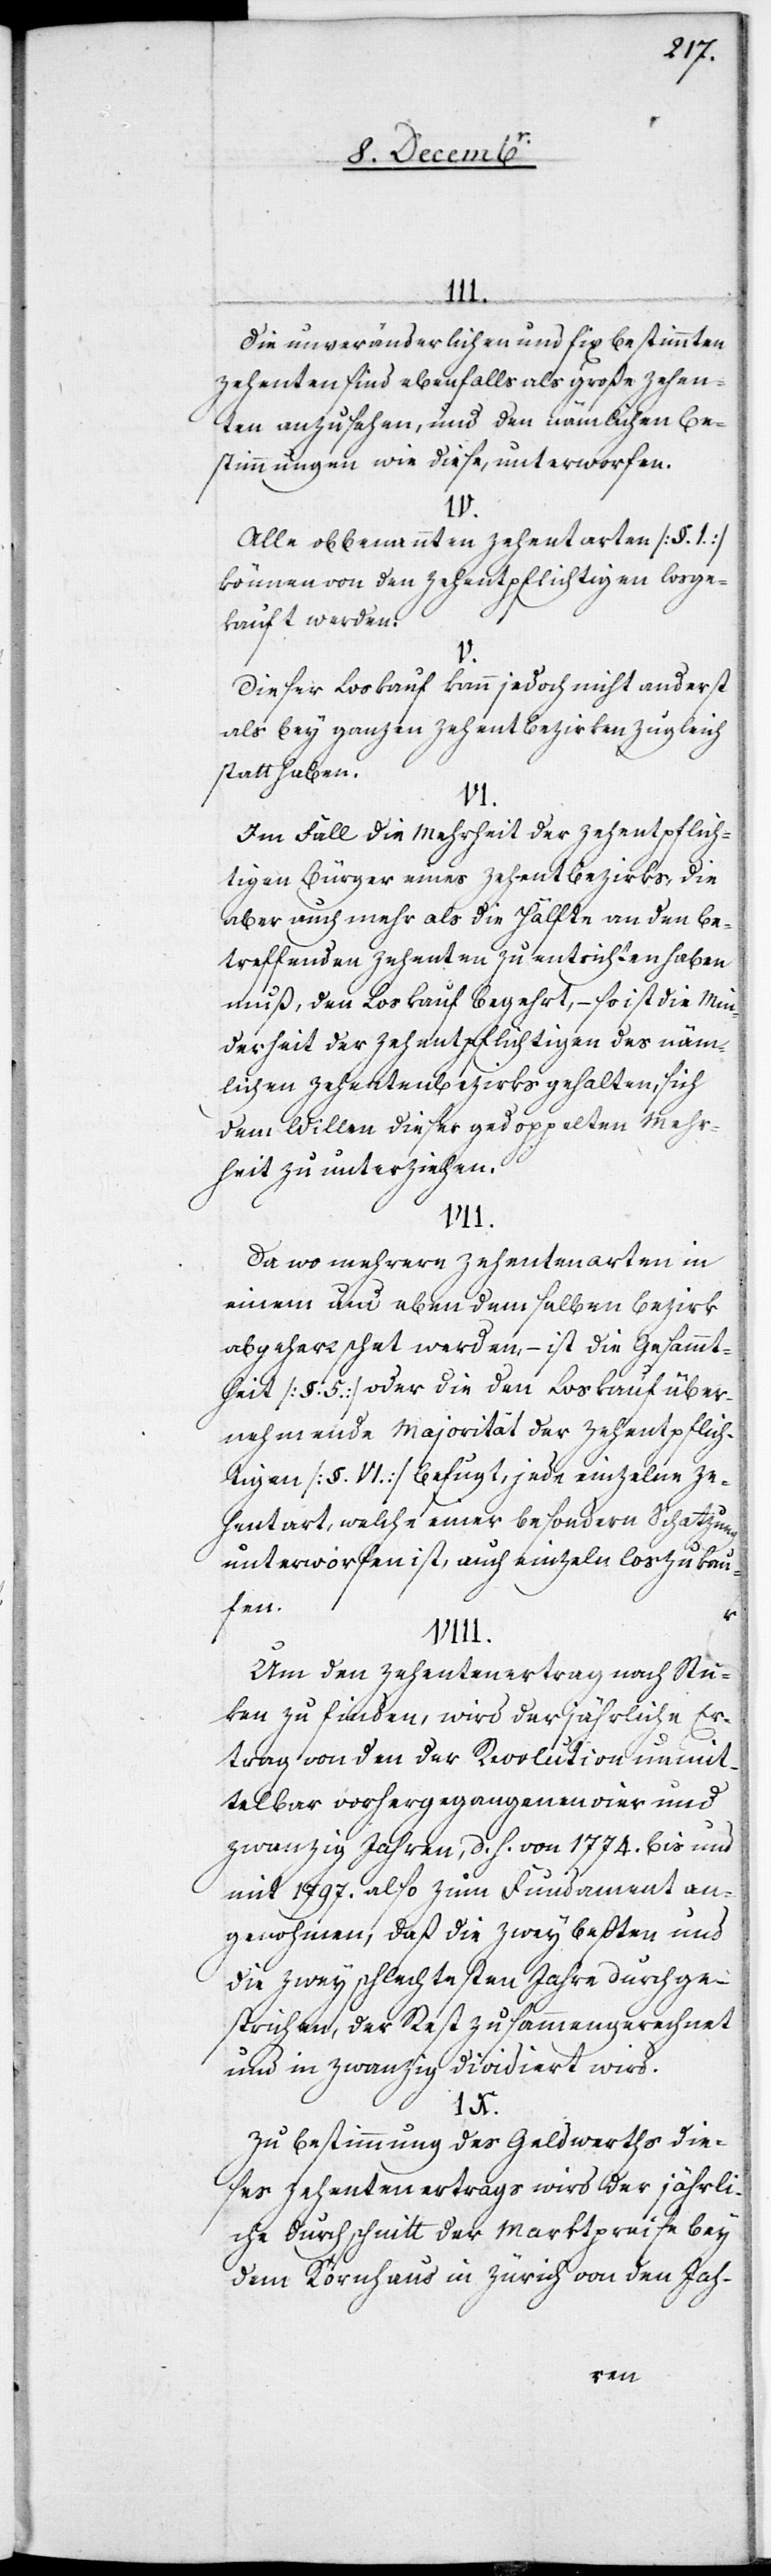
III.
Die unveränderlichen und fix bestimmten
Zehenten sind ebenfalls als große Zehen¬
ten anzusehen, und den nämlichen Be¬
stimmungen wie diese, unterworfen.
IV.
Alle obbenannten Zehentarten [§. 1.]
können von den Zehentpflichtigen losge¬
kauft werden.
V.
Dieser Loskauf kann jedoch nicht anderst
als bey ganzen Zehentbezirken zugleich
statthaben.
VI.
Im Fall die Mehrheit der zehentpflich¬
tigen Bürger eines Zehentbezirks, die
aber auch mehr als die Hälfte an den be¬
treffenden Zehenten zu entrichten haben
muß, den Loskauf begehrt, – so ist die Min¬
derheit der Zehentpflichtigen des näm¬
lichen Zehentbezirks gehalten, sich
dem Willen dieser gedoppelten Mehr¬
heit zu unterziehen.
Da wo mehrere Zehentenarten in
einem und eben demselben Bezirk
abgeherrschet werden, – ist die Gesammt¬
heit [§. 5.] oder die den Loskauf über¬
nehmende Majorität der Zehentenpflich¬
tigen [§. VI.] befugt, jede einzelne Ze¬
hentart, welche einer besondern Schatzung
unterworfen ist, auch einzeln loszukau¬
fen.
Um den Zehentenertrag nach Stu¬
ken zu finden, wird der jährliche Er¬
trag von den der Revolution unmit¬
telbar vorhergegangenen vier und
zwanzig Jahren, d. h. von 1774. bis und
mit 1797. also zum Fundament an¬
genohmen, daß die zwey beßten und
die zwey schlechtesten Jahre durchge¬
strichen, der Rest zusammengerechnet
und in zwanzig dividiert wird.
Zu Bestimmung des Geldwerths die¬
ses Zehentenertrags wird der jährli¬
che Durchschnitt der Marktpreise bey
dem Kornhaus in Zürich von den Jah-